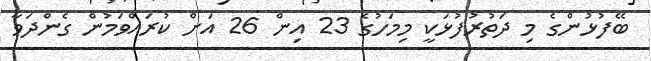
ބޭފުޅުންގެ މި ދަތުރުފުޅަކީ މިމަހުގެ 23 އިން 26 އަށް ކުރައްވަމުން ގެންދަވާ